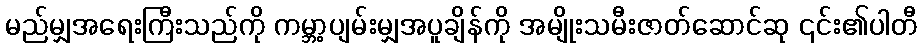
မည်မျှအရေးကြီးသည်ကို ကမ္ဘာ့ပျမ်းမျှအပူချိန်ကို အမျိုးသမီးဇာတ်ဆောင်ဆု ၎င်း၏ပါတီ